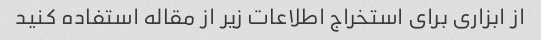
از ابزاری برای استخراج اطلاعات زیر از مقاله استفاده کنید